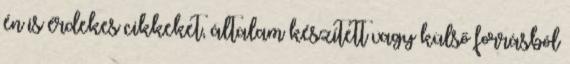
én is érdekes cikkeket, általam készített vagy külső forrásból